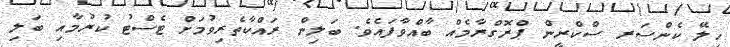
ހިލޭ ކެންސަރ ސްކްރީން ޕްރޮގްރާމެއް ބާއްވާފައެވެ. ބަލިން ރައްކާތެރިވުމަށް ޓެސްޓު ކުރުމާއި ބަލި